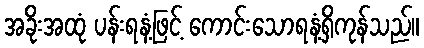
အခိုးအထုံ ပန်းရနံ့ဖြင့် ကောင်းသောရနံ့ရှိကုန်သည်။